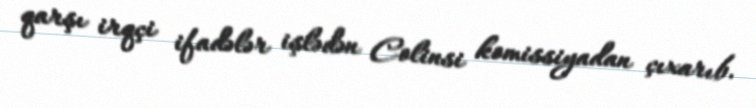
qarşı irqçi ifadələr işlədən Colinsi komissiyadan çıxarıb.